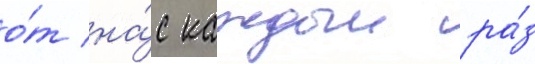
о́т на́с каждыи ра́з